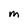
Character: m